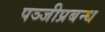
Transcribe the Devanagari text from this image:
पञ्जीप्रबन्ध